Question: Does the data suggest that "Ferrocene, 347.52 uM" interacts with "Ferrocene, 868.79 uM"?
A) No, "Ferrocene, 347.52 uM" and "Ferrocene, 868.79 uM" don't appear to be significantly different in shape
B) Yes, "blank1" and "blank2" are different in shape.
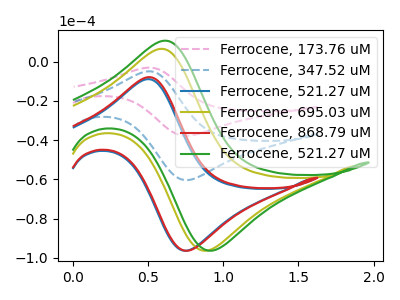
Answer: <think>The pink dashed curve "Ferrocene, 173.76 uM" has an anodic peak at (0.50V, -10.00uA) and a cathodic peak at (0.75V, -120.65uA). The blue dashed curve "Ferrocene, 347.52 uM" has an anodic peak at (0.50V, -5.00uA) and a cathodic peak at (0.75V, -60.35uA). The blue curve "Ferrocene, 521.27 uM" has an anodic peak at (0.50V, -9.00uA) and a cathodic peak at (0.75V, -96.25uA). The olive curve "Ferrocene, 695.03 uM" has an anodic peak at (0.60V, 6.45uA) and a cathodic peak at (0.90V, -96.25uA). The red curve "Ferrocene, 868.79 uM" has an anodic peak at (0.50V, -7.95uA) and a cathodic peak at (0.75V, -96.25uA). The green curve "Ferrocene, 521.27 uM" has an anodic peak at (0.60V, 10.60uA) and a cathodic peak at (0.95V, -96.25uA).
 All the peaks in "Ferrocene, 347.52 uM" have a peak in "Ferrocene, 868.79 uM" at the same potential.</think>
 <answer>A) No, "Ferrocene, 347.52 uM" and "Ferrocene, 868.79 uM" don't appear to be significantly different in shape</answer>
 <eval>A</eval>